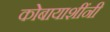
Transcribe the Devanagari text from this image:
कोबायाशींनी